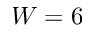
W = 6